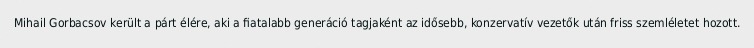
Mihail Gorbacsov került a párt élére, aki a fiatalabb generáció tagjaként az idősebb, konzervatív vezetők után friss szemléletet hozott.